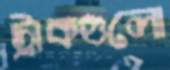
ট্রাকগুলো